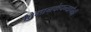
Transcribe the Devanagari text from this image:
विमानकंपन्यापैकी